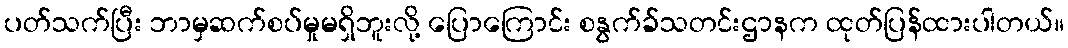
ပတ်သက်ပြီး ဘာမှဆက်စပ်မှုမရှိဘူးလို့ ပြောကြောင်း စနွက်ခ်သတင်းဌာနက ထုတ်ပြန်ထားပါတယ်။